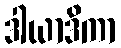
ဒါယာဒိကာ